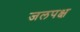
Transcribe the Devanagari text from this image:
जलपक्ष